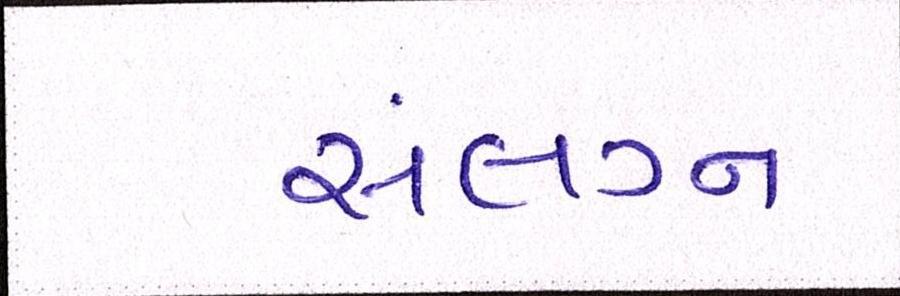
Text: સંલગ્ન